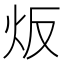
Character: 炍